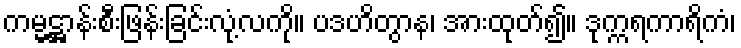
ကမ္မဋ္ဌာန်းစီးဖြန်းခြင်းလုံ့လကို။ ပဒဟိတွာန၊ အားထုတ်၍။ ဒုက္ကရကာရိကံ၊